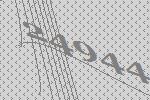
24944